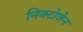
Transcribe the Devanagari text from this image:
निक्टोजेन